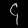
Digit: ၄